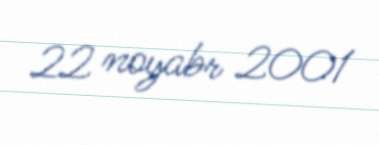
22 noyabr 2001